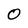
Character: 0